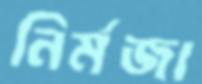
নির্মজা